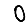
Digit: 0